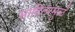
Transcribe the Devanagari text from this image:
साहित्यमुळे